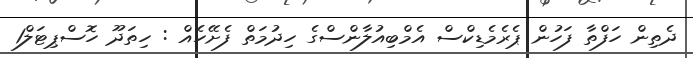
ދެތިން ހަފްތާ ފަހުން ޕެރެމެޑިކްސް އެމްބިއުލާންސްގެ ހިދުމަތް ފެށޭހެއް : ހިތަދޫ ހޮސްޕިޓަލް1